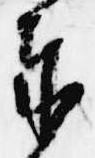
奉